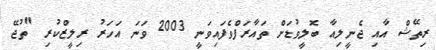
ރިތޭޝް އާއި ޖެނީލިއާ ބޮލީވުޑަށް ތައާރަފްވެފައިވަނީ 2003 ވަނަ އަހަރު ރިލީޒްކުރި "ތުޖޭ